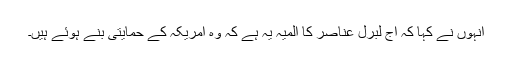
انہوں نے کہا کہ آج لبرل عناصر کا المیہ یہ ہے کہ وہ امریکہ کے حمایتی بنے ہوئے ہیں۔